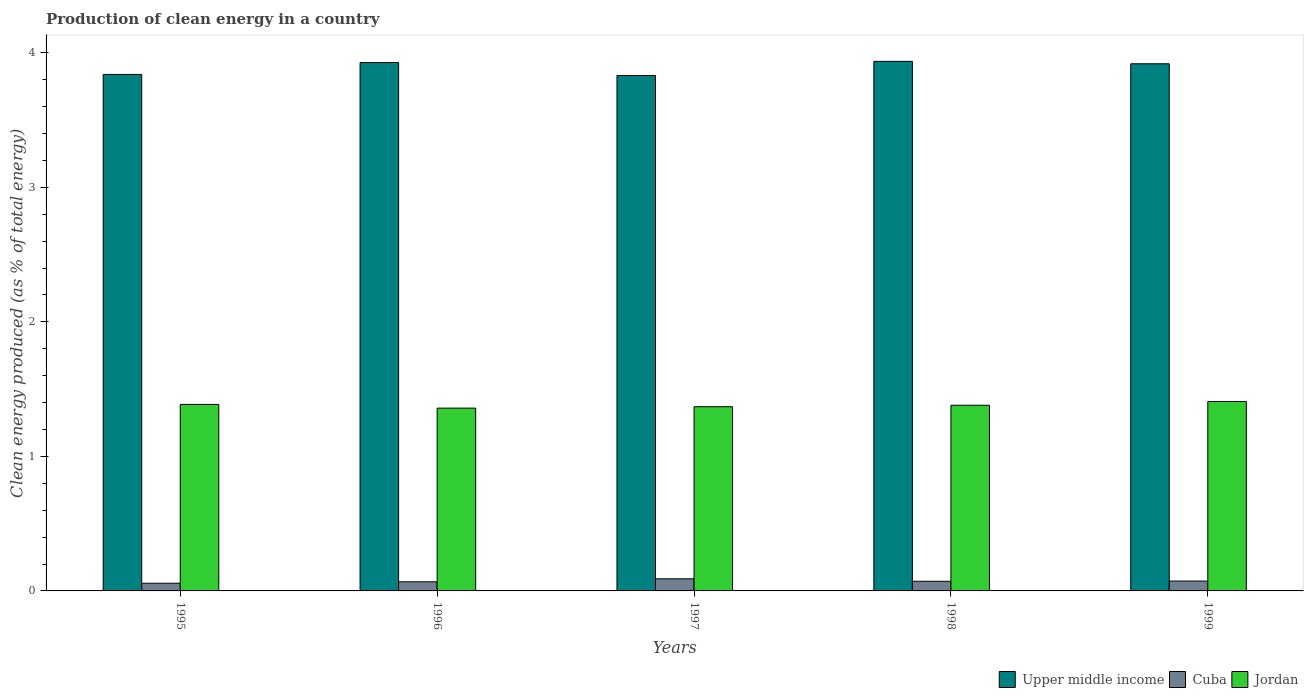
| Years | Upper middle income | Cuba | Jordan |
 | --- | --- | --- | --- |
 | 1995 | 3.84 | 0.0572 | 1.39 |
 | 1996 | 3.93 | 0.0677 | 1.36 |
 | 1997 | 3.83 | 0.0901 | 1.37 |
 | 1998 | 3.94 | 0.0717 | 1.38 |
 | 1999 | 3.92 | 0.0734 | 1.41 |